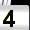
Digit: 4